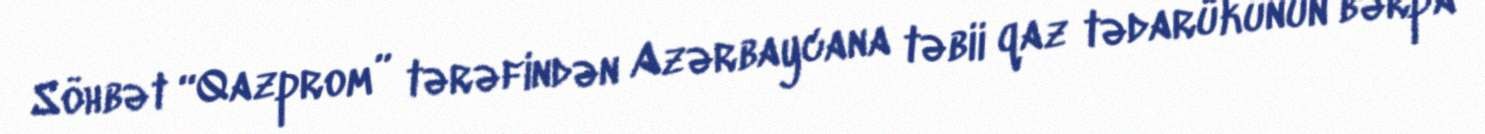
Söhbət “Qazprom” tərəfindən Azərbaycana təbii qaz tədarükünün bərpa